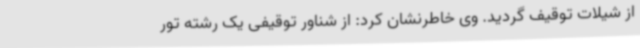
از شیلات توقیف گردید. وی خاطرنشان کرد: از شناور توقیفی یک رشته تور